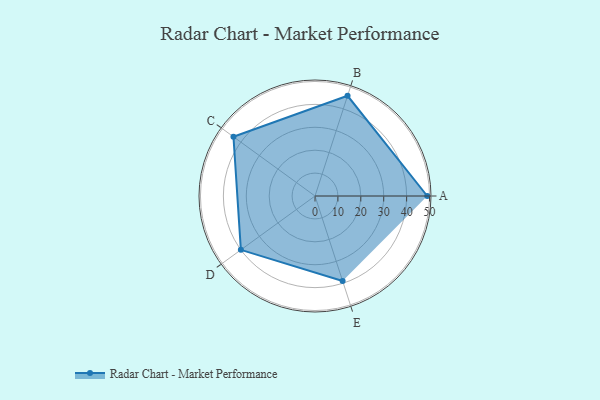
{"axis": {"x": "Skill", "y": "Score"}, "legend": ["Profile"], "data": [{"x": "A", "y": 49.0, "type": "Profile"}, {"x": "B", "y": 46.0, "type": "Profile"}, {"x": "C", "y": 44.0, "type": "Profile"}, {"x": "D", "y": 40.0, "type": "Profile"}, {"x": "E", "y": 39.0, "type": "Profile"}]}